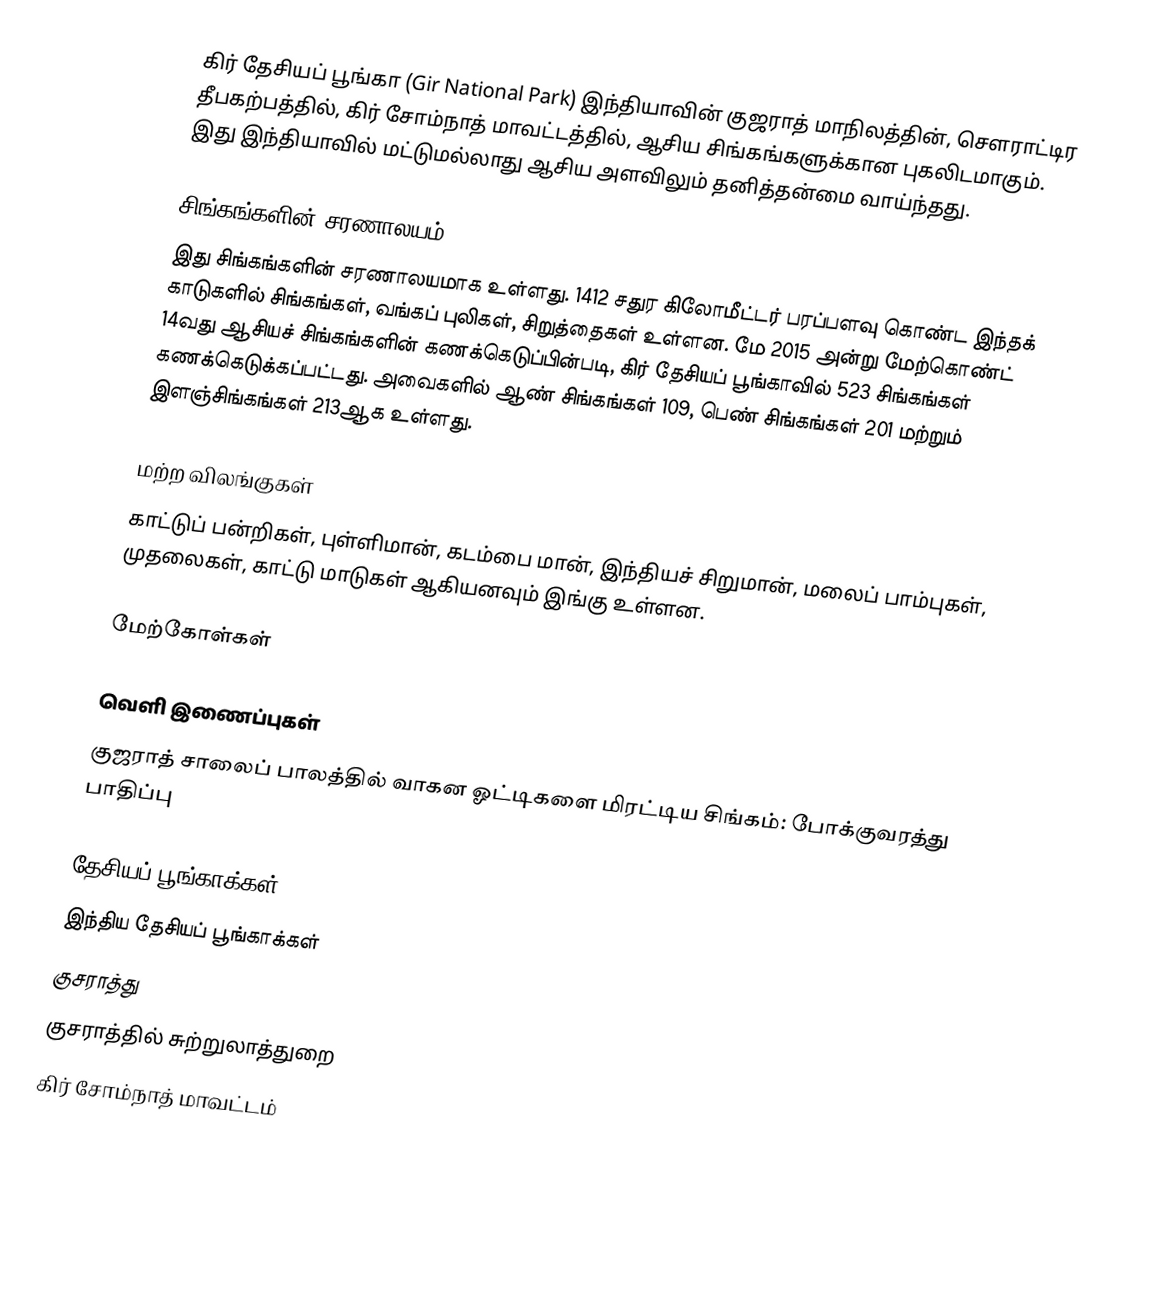
கிர் தேசியப் பூங்கா (Gir National Park) இந்தியாவின் குஜராத் மாநிலத்தின், சௌராட்டிர தீபகற்பத்தில், கிர் சோம்நாத் மாவட்டத்தில், ஆசிய சிங்கங்களுக்கான புகலிடமாகும். இது இந்தியாவில் மட்டுமல்லாது ஆசிய அளவிலும் தனித்தன்மை வாய்ந்தது.

சிங்கங்களின் சரணாலயம்
இது சிங்கங்களின் சரணாலயமாக உள்ளது. 1412 சதுர கிலோமீட்டர் பரப்பளவு கொண்ட இந்தக் காடுகளில்  சிங்கங்கள், வங்கப் புலிகள், சிறுத்தைகள் உள்ளன. மே 2015 அன்று மேற்கொண்ட் 14வது ஆசியச் சிங்கங்களின் கணக்கெடுப்பின்படி, கிர் தேசியப் பூங்காவில் 523 சிங்கங்கள் கணக்கெடுக்கப்பட்டது. அவைகளில் ஆண் சிங்கங்கள் 109, பெண் சிங்கங்கள் 201 மற்றும் இளஞ்சிங்கங்கள் 213ஆக உள்ளது.

மற்ற விலங்குகள்
காட்டுப் பன்றிகள், புள்ளிமான், கடம்பை மான், இந்தியச் சிறுமான், மலைப் பாம்புகள், முதலைகள், காட்டு மாடுகள் ஆகியனவும் இங்கு உள்ளன.

மேற்கோள்கள்

வெளி இணைப்புகள்
 குஜராத் சாலைப் பாலத்தில் வாகன ஓட்டிகளை மிரட்டிய சிங்கம்: போக்குவரத்து பாதிப்பு

தேசியப் பூங்காக்கள்
இந்திய தேசியப் பூங்காக்கள்
குசராத்து
குசராத்தில் சுற்றுலாத்துறை
கிர் சோம்நாத் மாவட்டம்